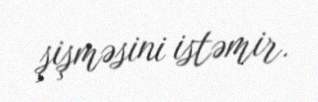
şişməsini istəmir.